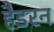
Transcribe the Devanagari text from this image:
हैडरन